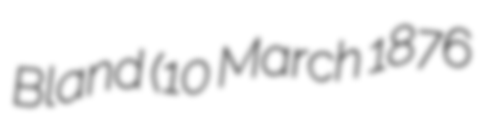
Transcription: Bland (10 March 1876